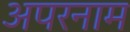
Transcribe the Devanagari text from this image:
अपरनाम